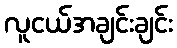
လူငယ်အချင်းချင်း